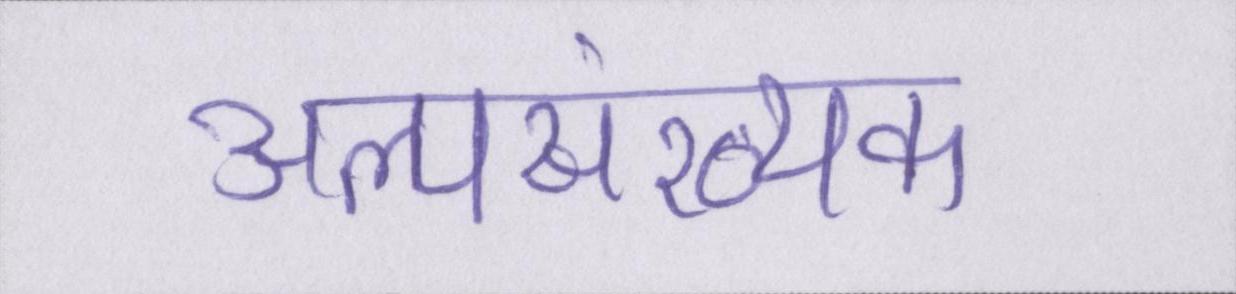
अल्पसंख्यक